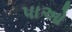
પાઓ